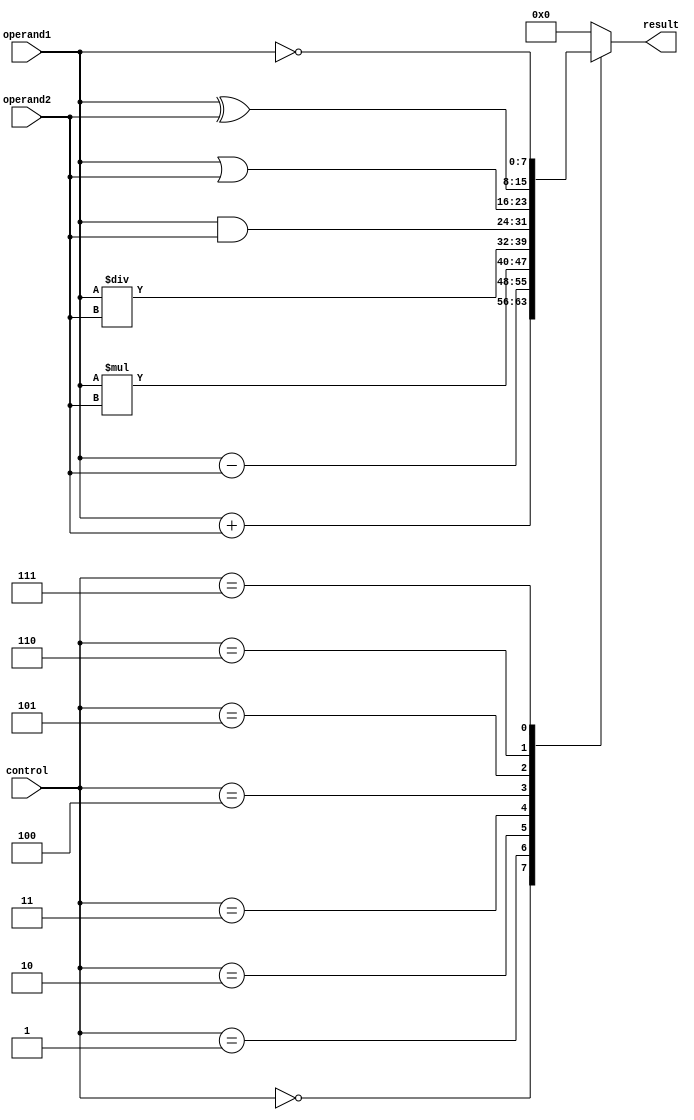
module ALU (
    input [7:0] operand1,
    input [7:0] operand2,
    input [3:0] control,
    output reg [7:0] result
);
    
    always @(*)
    begin
        case(control)
            4'b0000: result = operand1 + operand2; // Addition
            4'b0001: result = operand1 - operand2; // Subtraction
            4'b0010: result = operand1 * operand2; // Multiplication
            4'b0011: result = operand1 / operand2; // Division
            4'b0100: result = operand1 & operand2; // Bitwise AND
            4'b0101: result = operand1 | operand2; // Bitwise OR
            4'b0110: result = operand1 ^ operand2; // Bitwise XOR
            4'b0111: result = ~operand1; // Bitwise NOT
            default: result = 8'b0; // Default value
        endcase
    end
    
endmodule